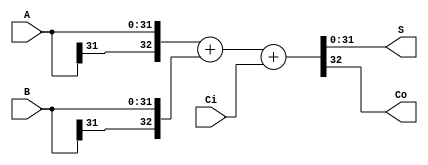
`timescale 1ns / 1ps
//////////////////////////////////////////////////////////////////////////////////
// Module Name: ADC32
// Description: 
// 
// Dependencies: 
// Additional Comments:
//! SEXT
//////////////////////////////////////////////////////////////////////////////////
module ADC32 #(parameter WIDTH = 32)(
    input [WIDTH-1:0] A,
    input [WIDTH-1:0] B, 
    input Ci,
    output [WIDTH-1:0] S,
    output Co
    );
    wire [WIDTH:0] tmp = {A[WIDTH-1],A} + {B[WIDTH-1],B} + Ci;
    assign S = tmp[WIDTH-1:0];
    assign Co = tmp[WIDTH];
endmodule